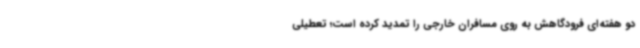
دو هفته‌ای فرودگاهش به روی مسافران خارجی را تمدید کرده‌ است؛ تعطیلی